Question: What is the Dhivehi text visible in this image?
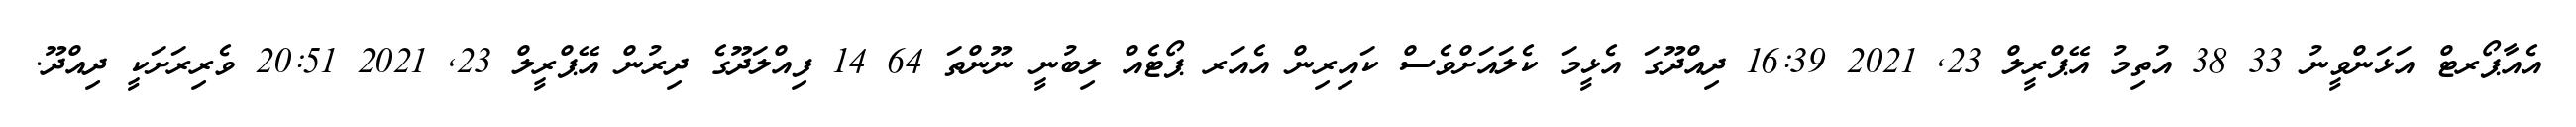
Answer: އެއާޕޯރޓް އަޅަންވީނު 33 38 އުތިމު އޭޕްރީލް 23, 2021 16:39 ދިއްދޫގަ އެޅީމަ ކެލައަށްވެސް ކައިރިން އެއަރ ޕޯޓެއް ލިބުނީ ނޫންތަ 64 14 ފިއްލަދޫގެ ދިރުން އޭޕްރީލް 23, 2021 20:51 ވެރިރަށަކީ ދިއްދޫ.